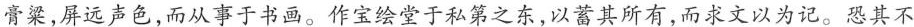
膏粱，屏远声色，而从事于书画。作宝绘堂于私第之东，以蓄其所有，而求文以为记。恐其不